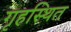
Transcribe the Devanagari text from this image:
गृहस्थित